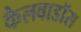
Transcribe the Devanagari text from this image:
कैलवाडॉस